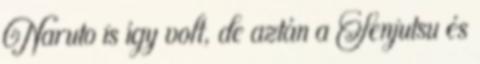
Naruto is így volt, de aztán a Senjutsu és